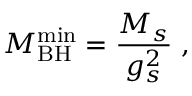
M _ { \mathrm { B H } } ^ { \mathrm { m i n } } = \frac { M _ { s } } { g _ { s } ^ { 2 } } \; ,